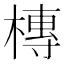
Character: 槫